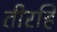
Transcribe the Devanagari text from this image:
तीरहि